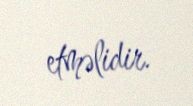
etməlidir.